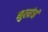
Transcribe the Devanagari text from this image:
मुलांचं